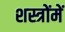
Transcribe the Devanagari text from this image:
शस्त्रोंमें